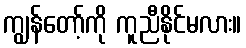
ကျွန်တော့်ကို ကူညီနိုင်မလား။